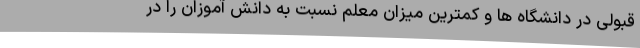
قبولی در دانشگاه ها و کمترین میزان معلم نسبت به دانش آموزان را در